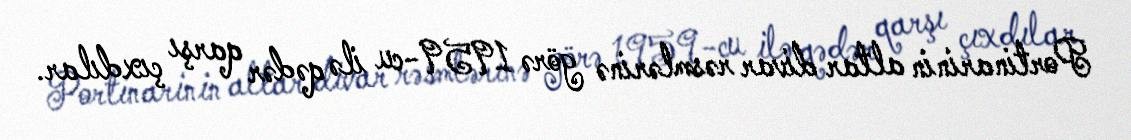
Portinarinin altar divar rəsmlərinə görə 1959-cu ilə qədər qarşı çıxdılar.